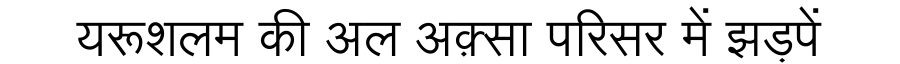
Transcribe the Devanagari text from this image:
यरूशलम की अल अक़्सा परिसर में झड़पें